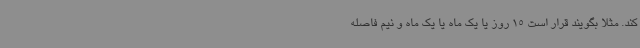
کند. مثلاً بگویند قرار است 15 روز یا یک ماه یا یک ماه و نیم فاصله